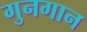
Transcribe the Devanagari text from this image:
गुनगान